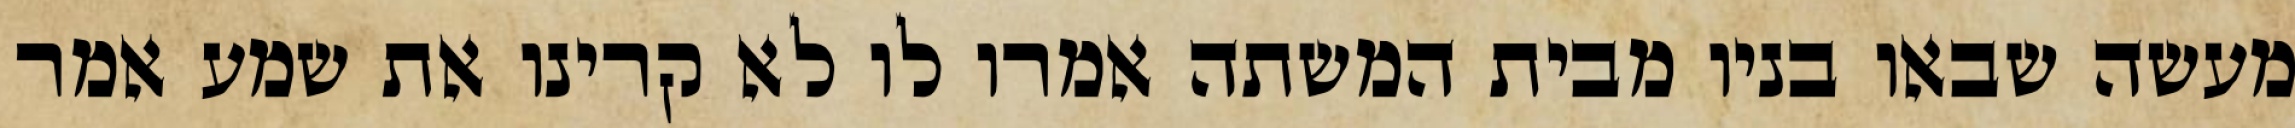
מעשה שבאו בניו מבית המשתה אמרו לו לא קרינו את שמע אמר